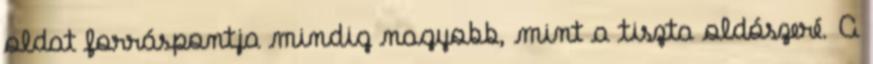
oldat forráspontja mindig nagyobb, mint a tiszta oldószeré. A